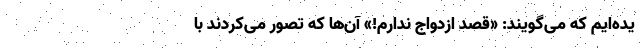
یده‌ایم که می‌گویند: «قصد ازدواج ندارم!» آن‌ها که تصور می‌کردند با